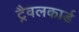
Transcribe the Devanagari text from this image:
ट्रैवलकार्ड